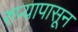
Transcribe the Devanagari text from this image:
रुप्यापासून